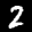
Label: 2